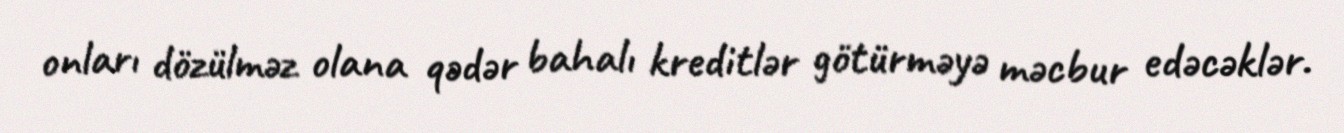
onları dözülməz olana qədər bahalı kreditlər götürməyə məcbur edəcəklər.